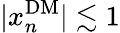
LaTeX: |x_{n}^{\mathrm{DM}}|\lesssim 1